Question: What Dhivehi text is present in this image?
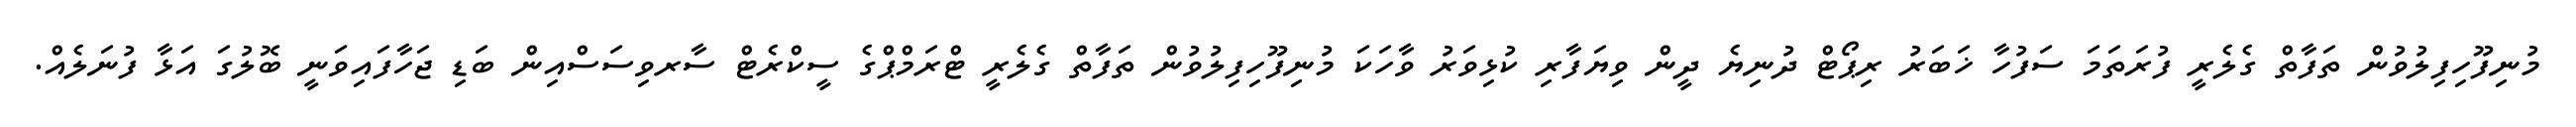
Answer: މުނިފޫހިފިލުވުން ތަފާތް ގެލެރީ ފުރަތަމަ ސަފުހާ ޚަބަރު ރިޕޯޓް ދުނިޔެ ދީން ވިޔަފާރި ކުޅިވަރު ވާހަކަ މުނިފޫހިފިލުވުން ތަފާތް ގެލެރީ ޓްރަމްޕްގެ ސީކްރެޓް ސާރވިސަސްއިން ބަޑި ޖަހާފައިވަނީ ބޮލުގަ އަޅާ ފުނަލެއް.